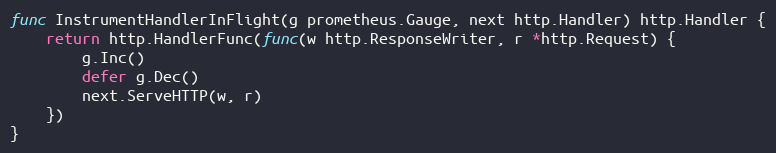
Language: Go
func InstrumentHandlerInFlight(g prometheus.Gauge, next http.Handler) http.Handler {
	return http.HandlerFunc(func(w http.ResponseWriter, r *http.Request) {
		g.Inc()
		defer g.Dec()
		next.ServeHTTP(w, r)
	})
}